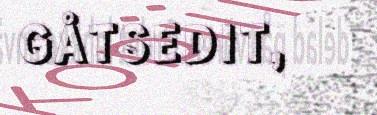
GÅTSEDIT,